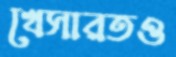
খেসারতও